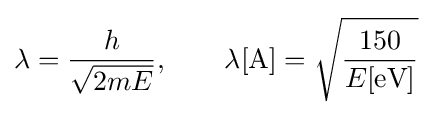
{\begin{aligned}\lambda ={\frac {h}{\sqrt {2mE}}},\qquad \lambda [{\textrm {A}}]={\sqrt {\frac {150}{E[{\textrm {eV}}]}}}\end{aligned}}